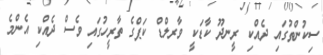
ސިކުންތުގައި ދެއްކި ރީނދޫ ކާޑަކީ ވާރލްޑް ކަޕްގެ ތާރީހުގައި ވެސް ދެއްކި އެންމެ